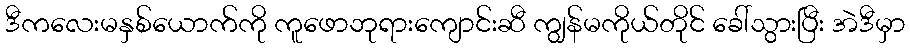
ဒီကလေးမနှစ်ယောက်ကို ကူဖောဘုရားကျောင်းဆီ ကျွန်မကိုယ်တိုင် ခေါ်သွားပြီး အဲဒီမှာ